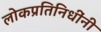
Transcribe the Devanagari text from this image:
लोकप्रतिनिधींनी